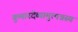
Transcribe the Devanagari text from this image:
कुमारदेव्यामुत्पन्नस्य